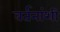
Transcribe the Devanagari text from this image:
वर्तनांशी